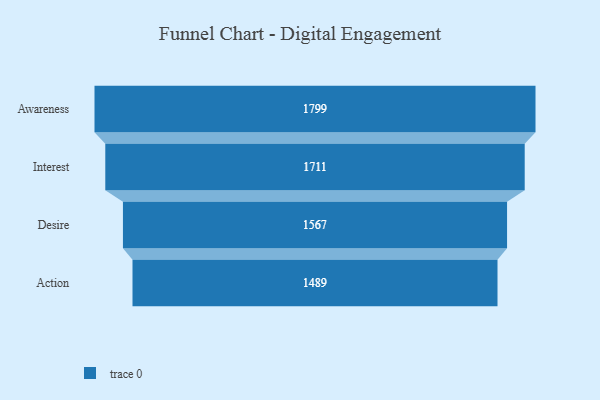
{"axis": {"x": "Stage", "y": "Value"}, "legend": [""], "data": [{"x": "Awareness", "y": 1799.0, "type": ""}, {"x": "Interest", "y": 1711.0, "type": ""}, {"x": "Desire", "y": 1567.0, "type": ""}, {"x": "Action", "y": 1489.0, "type": ""}]}